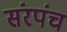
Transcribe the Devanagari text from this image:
संरपंच